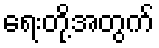
ရေးတို့အတွက်